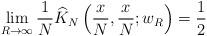
LaTeX: \begin{align*} \lim_{R \to\infty} \frac{1}{N} \widehat{K}_N\left( \frac{x}{N}, \frac{x}{N}; w_R \right) = \frac{1}{2} \end{align*}